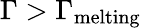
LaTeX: \Gamma>\Gamma_{\mathrm{melting}}